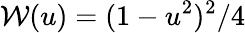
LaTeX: \mathcal{W}(u)=(1-u^{2})^{2}/4